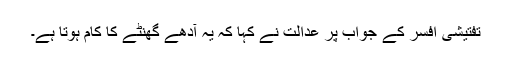
تفتیشی افسر کے جواب پر عدالت نے کہا کہ یہ آدھے گھنٹے کا کام ہوتا ہے۔